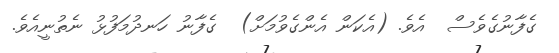
ގެފާނުގެވެސް  އެވެ. (އެކަން އެންގެވުމަށް)  ގެފާނު ހަނދުމަފުޅު ނެތުނީއެވެ.